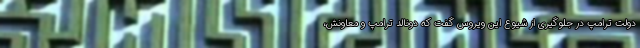
دولت ترامپ در جلوگیری از شیوع این ویروس گفت که دونالد ترامپ و معاونش،